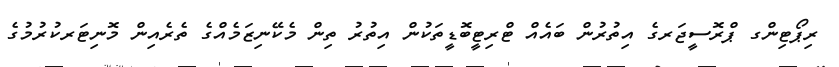
ރިޕޯޓިންގ ޕްރޮސީޖަރގެ އިތުރުން ބައެއް ޓްރިޓީބޮޑީތަކުން އިތުރު ތިން މެކޭނިޒަމެއްގެ ތެރެއިން މޮނިޓަރކުރުމުގެ